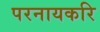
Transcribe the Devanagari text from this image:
परनायकरि